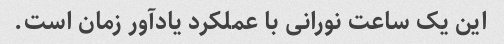
این یک ساعت نورانی با عملکرد یادآور زمان است.